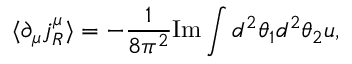
\langle \partial _ { \mu } j _ { R } ^ { \mu } \rangle = - \frac { 1 } { 8 \pi ^ { 2 } } \mathrm { I m } \int d ^ { 2 } \theta _ { 1 } d ^ { 2 } \theta _ { 2 } u ,